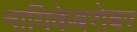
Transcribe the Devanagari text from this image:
नायिकेबरोबर